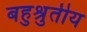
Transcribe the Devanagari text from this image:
बहुश्रुतीय